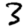
Digit: 3